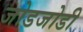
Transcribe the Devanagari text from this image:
जोडजोडी